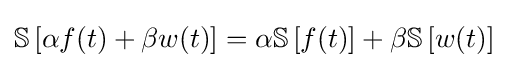
{\mathbb {S} }\left[\alpha f(t)+\beta w(t)\right]=\alpha {\mathbb {S} }\left[f(t)\right]+\beta {\mathbb {S} }\left[w(t)\right]